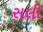
સલી